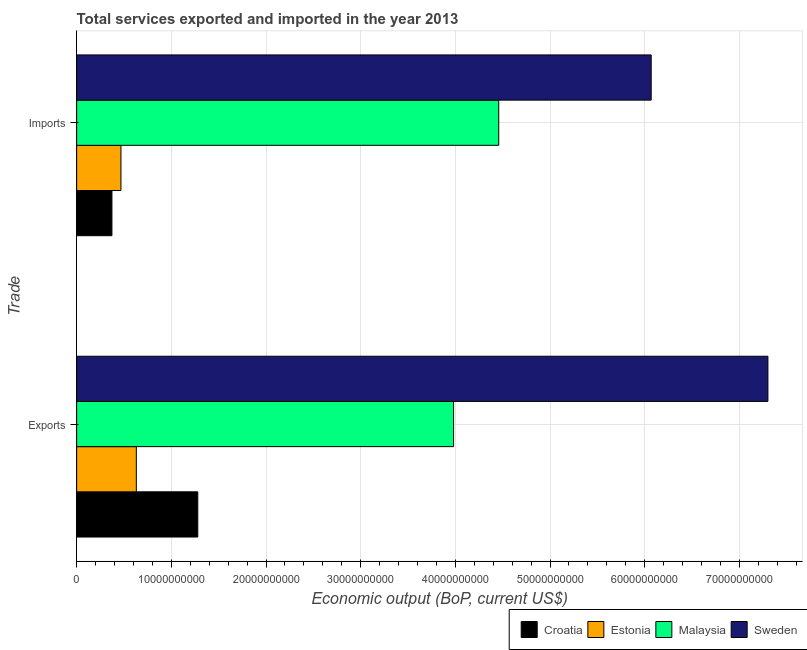
| Trade | Croatia | Estonia | Malaysia | Sweden |
 | --- | --- | --- | --- | --- |
 | Exports | 1.28e+10 | 6.3e+09 | 3.98e+10 | 7.3e+10 |
 | Imports | 3.73e+09 | 4.68e+09 | 4.46e+10 | 6.07e+10 |